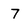
Character: 7